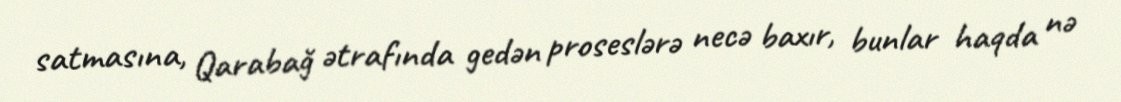
satmasına, Qarabağ ətrafında gedən proseslərə necə baxır, bunlar haqda nə